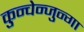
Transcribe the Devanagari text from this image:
कुन्चेन्जुन्गा